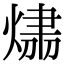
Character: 𤌛